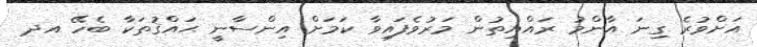
އަށްވުރެ ގިނަ އާންމު ރައްޔިތުން މަރުވެފައިވާ ކަމަށް އިންސާނީ ޙައްޤުތަކާ ބެހޭ އދ